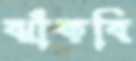
ঝাঁকবি